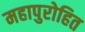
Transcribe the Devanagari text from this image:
महापुरोहित